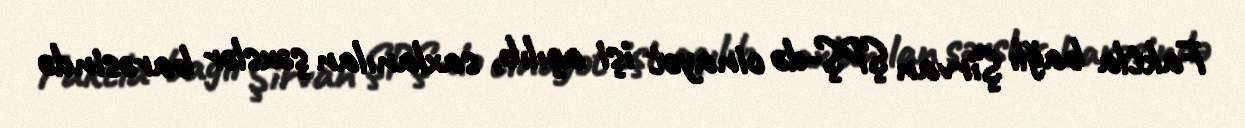
Faktla bağlı Şirvan ŞPŞ-də cinayət işi açılıb, saxlanılan şəxslər barəsində